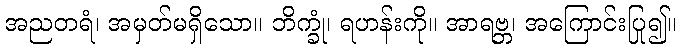
အညတရံ၊ အမှတ်မရှိသော။ ဘိက္ခုံ၊ ရဟန်းကို။ အာရဗ္ဘ၊ အကြောင်းပြု၍။